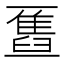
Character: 𫡹